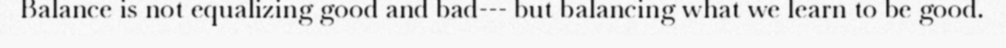
Balance is not equalizing good and bad--- but balancing what we learn to be good.